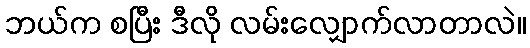
ဘယ်က စပြီး ဒီလို လမ်းလျှောက်လာတာလဲ။